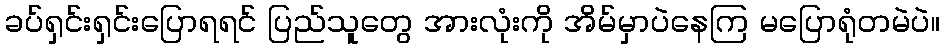
ခပ်ရှင်းရှင်းပြောရရင် ပြည်သူတွေ အားလုံးကို အိမ်မှာပဲနေကြ မပြောရုံတမဲပဲ။